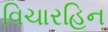
વિચારહિન